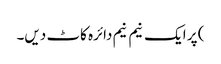
) پر ایک نیم نیم دائرہ کاٹ دیں۔